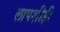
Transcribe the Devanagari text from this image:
लापशीही